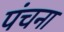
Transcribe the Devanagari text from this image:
पंचना